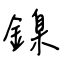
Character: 鎳